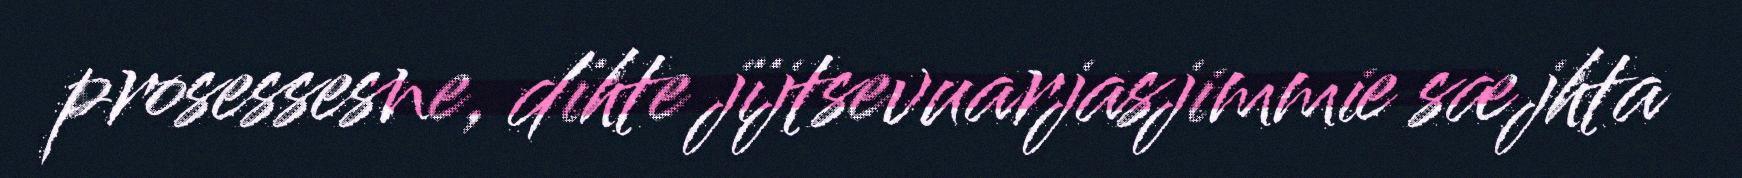
prosessesne, dïhte jïjtsevuarjasjimmie sæjhta